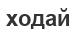
ходай